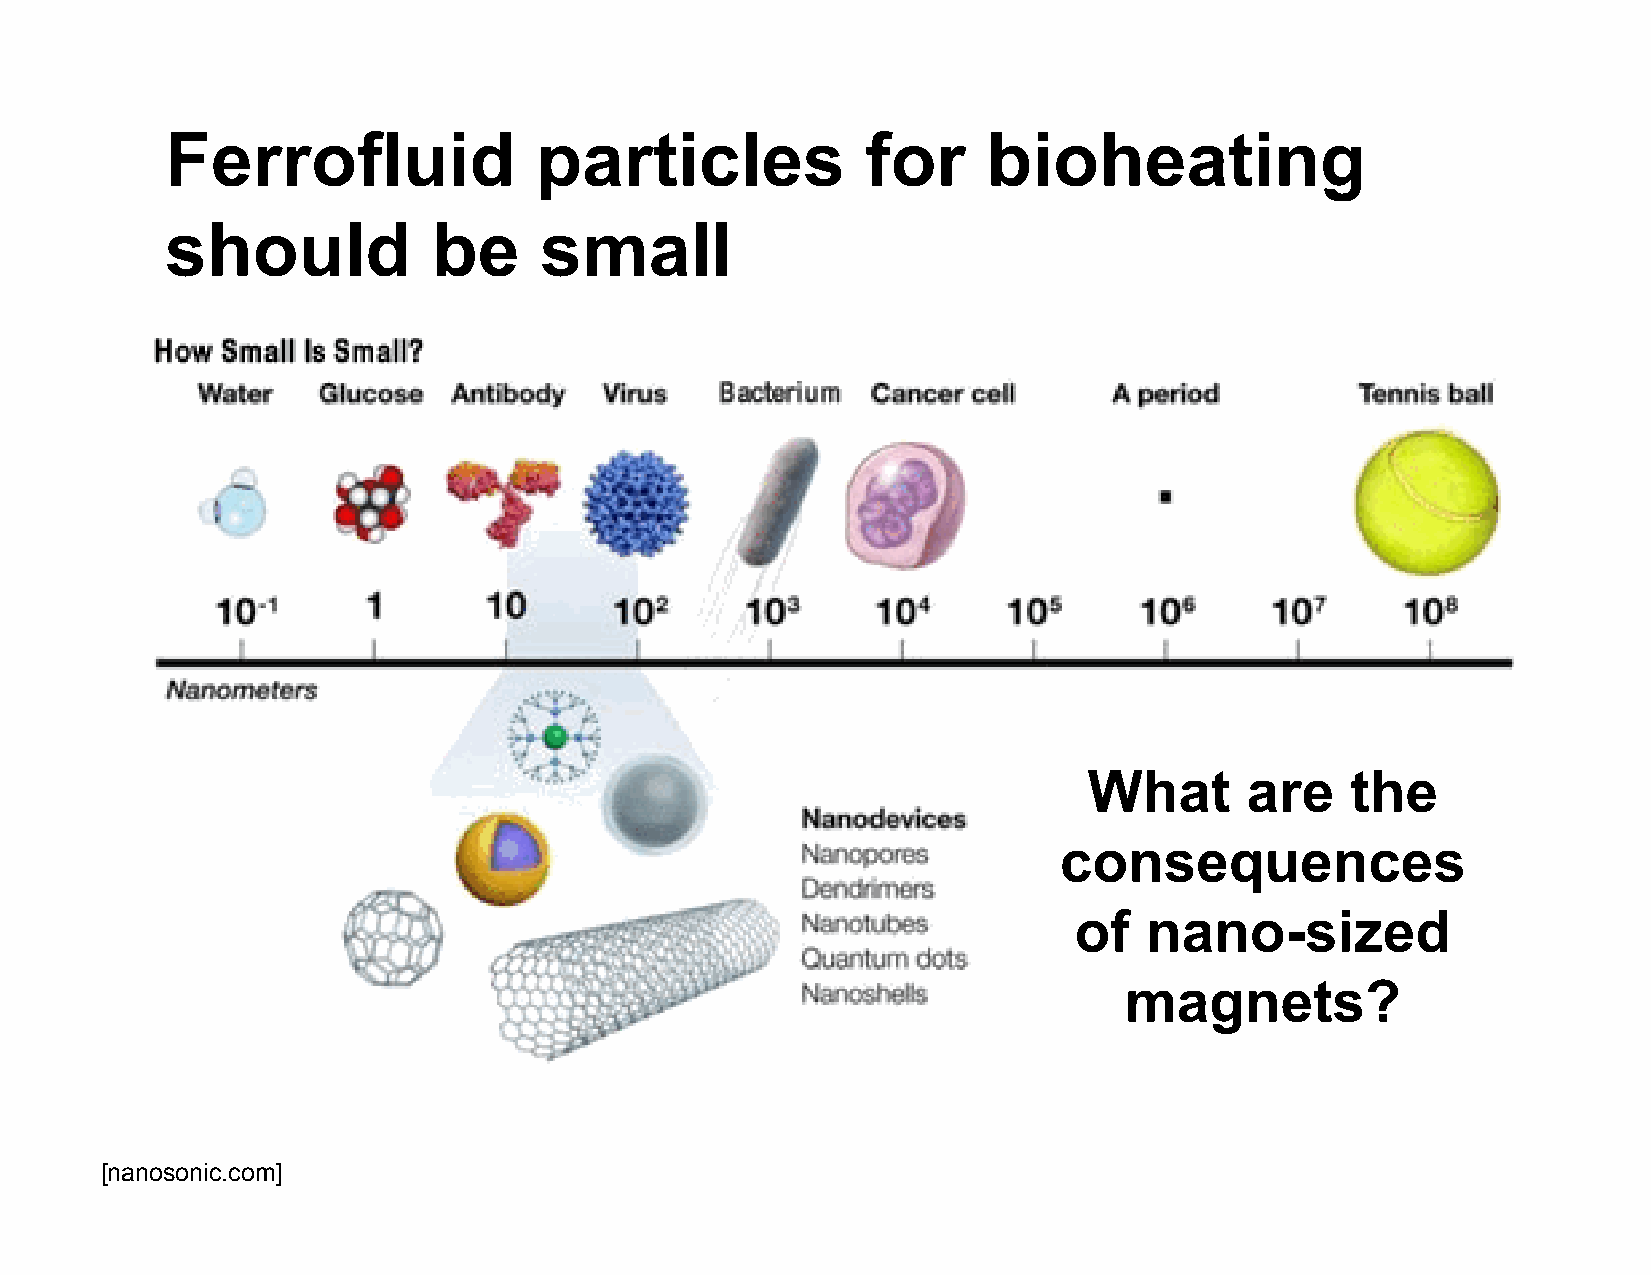
Ferrofluid              particles             for     bioheating
 should            be     small
 What      are    the
 consequences
 of   nano-sized
 magnets?
 [nanosonic.com]